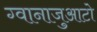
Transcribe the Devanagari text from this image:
ग्वानाजुआटो